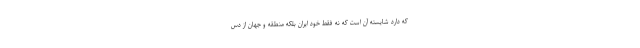
که دارد شایسته آن است که نه فقط خود ایران بلکه منطقه و جهان از دس